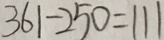
3 6 1 - 2 5 0 = 1 1 1